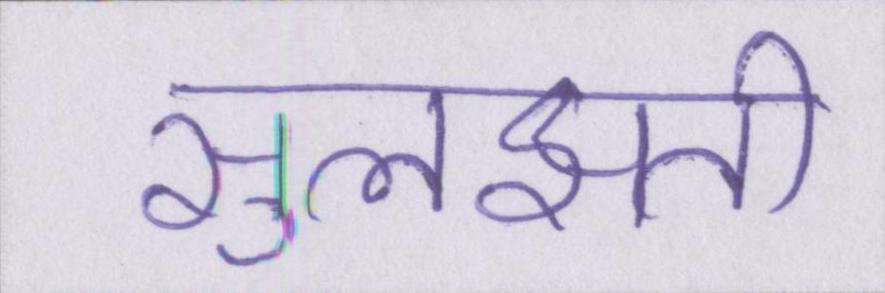
सुलझती